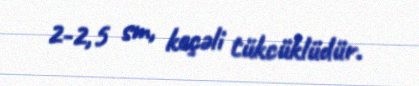
2-2,5 sm, keçəli tükcüklüdür.